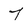
Character: 7